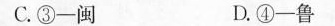
C.③一闽 D.④-鲁